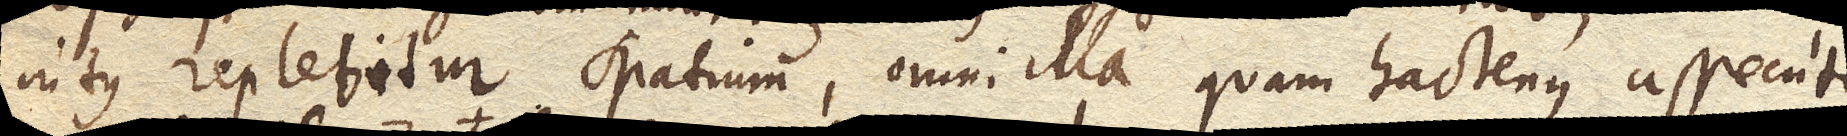
intus replebitur spatium, omni illa quam hactenus assecuti